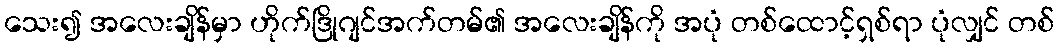
သေး၍ အလေးချိန်မှာ ဟိုက်ဒြိုဂျင်အက်တမ်၏ အလေးချိန်ကို အပုံ တစ်ထောင့်ရှစ်ရာ ပုံလျှင် တစ်